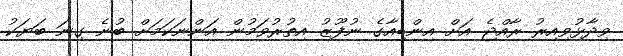
ވިދާޅުވިއިރު ރާއްޖެ އަށް އިންޑިއާގެ ނުފޫޒު އިތުރުވަމުން އަންނަކަމަށް ބުނެ ގިނަ ބަޔަކު